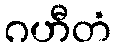
ဂဟီတံ